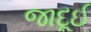
જાદૂઈ